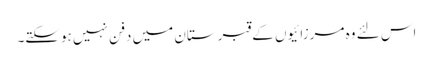
اس لئے وہ مرزائیوں کے قبرستان میں دفن نہیں ہوسکتے۔